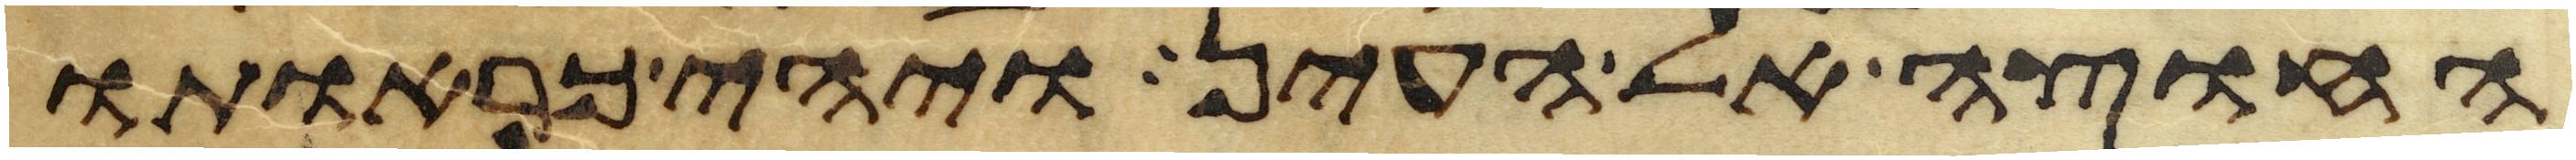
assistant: החוצה אל העין ויהי כראותו